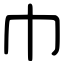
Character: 巾